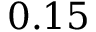
0 . 1 5